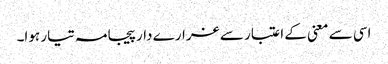
اسی سے معنی کے اعتبار سے غرارے دار پیجامہ تیار ہوا۔